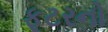
ફૂટરનો